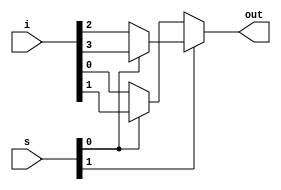
`timescale 1ns / 1ps
////////////////////////////////////////////////////////////////////////////////
// Company: 
// Engineer:
//
// Design Name:    
// Module Name:    mux4_1
// Project Name:   
// Target Device:  
// Tool versions:  
// Description:
//
// Dependencies:
// 
// Revision:
// Revision 0.01 - File Created
// Additional Comments:
// 
////////////////////////////////////////////////////////////////////////////////
module mux4_1(out, i, s);
output out;
input [3:0] i;
input [1:0] s;
assign out = s[1]?(s[0]?i[3]:i[2]):(s[0]?i[1]:i[0]);


endmodule